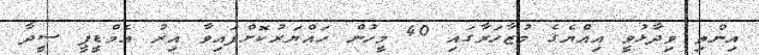
އިންތި ވިދާޅުވީ އިއްޔެގެ މުޒާހަރާގައި 40 މީހުން ހައްޔަރުކޮށްފައިވާ އިރު އެމްޑީޕީ ސީދާ